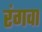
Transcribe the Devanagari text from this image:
रंगवा